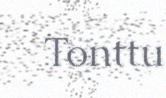
Tonttu